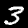
Label: 3